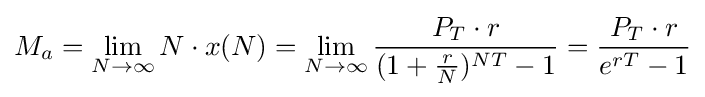
M_{a}=\lim _{N\to \infty }N\cdot x(N)=\lim _{N\to \infty }{\frac {P_{T}\cdot r}{(1+{\frac {r}{N}})^{NT}-1}}={\frac {P_{T}\cdot r}{e^{rT}-1}}